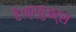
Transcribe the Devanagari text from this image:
है।ब्र्युअर्स